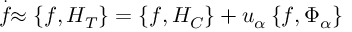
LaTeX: \stackrel { . } { f } \approx \left\{ f , H _ { T } \right\} = \left\{ f , H _ { C } \right\} + u _ { \alpha } \left\{ f , \Phi _ { \alpha } \right\}